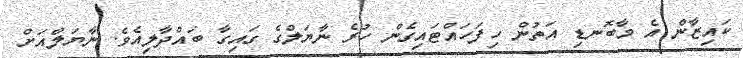
ކައިޒާން އެ މާބޮނޑި އަތުން ހިފަހައްޓައިގެން ހުރެ ނާޔަލްގެ ގައިގާ ބައްދާލިއެވެ. ނާޔަލްއަށް